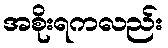
အစိုးရကလည်း